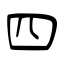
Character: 四